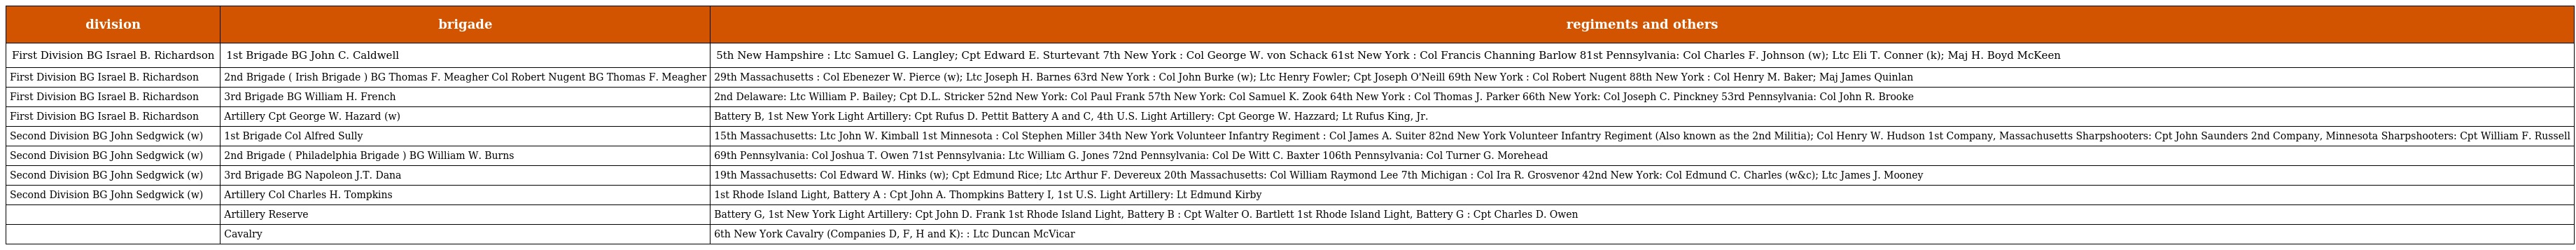
| division | brigade | regiments and others |
 | --- | --- | --- |
 | First Division BG Israel B. Richardson | 1st Brigade BG John C. Caldwell | 5th New Hampshire : Ltc Samuel G. Langley; Cpt Edward E. Sturtevant 7th New York : Col George W. von Schack 61st New York : Col Francis Channing Barlow 81st Pennsylvania: Col Charles F. Johnson (w); Ltc Eli T. Conner (k); Maj H. Boyd McKeen |
 | First Division BG Israel B. Richardson | 2nd Brigade ( Irish Brigade ) BG Thomas F. Meagher Col Robert Nugent BG Thomas F. Meagher | 29th Massachusetts : Col Ebenezer W. Pierce (w); Ltc Joseph H. Barnes 63rd New York : Col John Burke (w); Ltc Henry Fowler; Cpt Joseph O'Neill 69th New York : Col Robert Nugent 88th New York : Col Henry M. Baker; Maj James Quinlan |
 | First Division BG Israel B. Richardson | 3rd Brigade BG William H. French | 2nd Delaware: Ltc William P. Bailey; Cpt D.L. Stricker 52nd New York: Col Paul Frank 57th New York: Col Samuel K. Zook 64th New York : Col Thomas J. Parker 66th New York: Col Joseph C. Pinckney 53rd Pennsylvania: Col John R. Brooke |
 | First Division BG Israel B. Richardson | Artillery Cpt George W. Hazard (w) | Battery B, 1st New York Light Artillery: Cpt Rufus D. Pettit Battery A and C, 4th U.S. Light Artillery: Cpt George W. Hazzard; Lt Rufus King, Jr. |
 | Second Division BG John Sedgwick (w) | 1st Brigade Col Alfred Sully | 15th Massachusetts: Ltc John W. Kimball 1st Minnesota : Col Stephen Miller 34th New York Volunteer Infantry Regiment : Col James A. Suiter 82nd New York Volunteer Infantry Regiment (Also known as the 2nd Militia); Col Henry W. Hudson 1st Company, Massachusetts Sharpshooters: Cpt John Saunders 2nd Company, Minnesota Sharpshooters: Cpt William F. Russell |
 | Second Division BG John Sedgwick (w) | 2nd Brigade ( Philadelphia Brigade ) BG William W. Burns | 69th Pennsylvania: Col Joshua T. Owen 71st Pennsylvania: Ltc William G. Jones 72nd Pennsylvania: Col De Witt C. Baxter 106th Pennsylvania: Col Turner G. Morehead |
 | Second Division BG John Sedgwick (w) | 3rd Brigade BG Napoleon J.T. Dana | 19th Massachusetts: Col Edward W. Hinks (w); Cpt Edmund Rice; Ltc Arthur F. Devereux 20th Massachusetts: Col William Raymond Lee 7th Michigan : Col Ira R. Grosvenor 42nd New York: Col Edmund C. Charles (w&c); Ltc James J. Mooney |
 | Second Division BG John Sedgwick (w) | Artillery Col Charles H. Tompkins | 1st Rhode Island Light, Battery A : Cpt John A. Thompkins Battery I, 1st U.S. Light Artillery: Lt Edmund Kirby |
 |  | Artillery Reserve | Battery G, 1st New York Light Artillery: Cpt John D. Frank 1st Rhode Island Light, Battery B : Cpt Walter O. Bartlett 1st Rhode Island Light, Battery G : Cpt Charles D. Owen |
 |  | Cavalry | 6th New York Cavalry (Companies D, F, H and K): : Ltc Duncan McVicar |